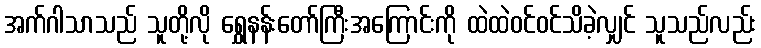
အက်ဂါသာသည် သူတို့လို ရွှေနန်းတော်ကြီးအကြောင်းကို ထဲထဲဝင်ဝင်သိခဲ့လျှင် သူသည်လည်း